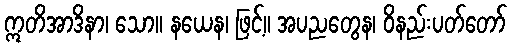
ဣတိအာဒိနာ၊ သော။ နယေန၊ ဖြင့်။ အပညတွေန၊ ဝိနည်းပတ်တော်